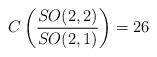
LaTeX: \begin{align*}C\left(\frac{SO(2,2)}{SO(2,1)}\right) = 26\end{align*}